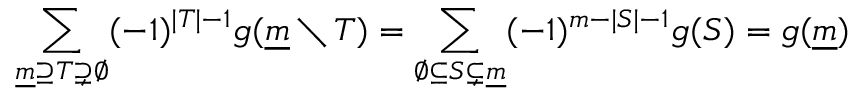
\sum _ { { \underline { { m } } } \supseteq T \supsetneq \varnothing } ( - 1 ) ^ { | T | - 1 } g ( { \underline { { m } } } \setminus T ) = \sum _ { \varnothing \subseteq S \subsetneq { \underline { { m } } } } ( - 1 ) ^ { m - | S | - 1 } g ( S ) = g ( { \underline { { m } } } )